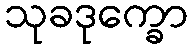
သုခဒုက္ခော